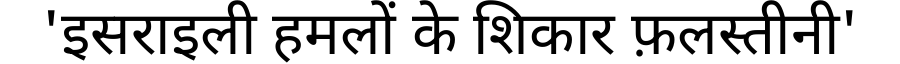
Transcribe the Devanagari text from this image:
'इसराइली हमलों के शिकार फ़लस्तीनी'